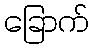
ခြောက်